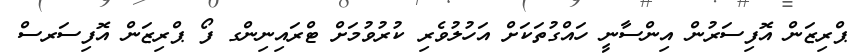
ޕްރިޒަން އޮފިސަރުން އިންސާނީ ހައްގުތަކަށް އަހުލުވެރި ކުރުވުމަށް ޓްރައިނިންގ ފޯ ޕްރިޒަން އޮފިސަރސް